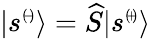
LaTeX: |{s}^{\scriptscriptstyle(\! -\! )}\rangle=\widehat{S}|{s}^{\scriptscriptstyle(\! +\! )}\rangle